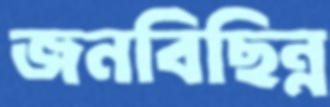
জনবিছিন্ন